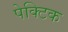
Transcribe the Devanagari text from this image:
पेक्टिक